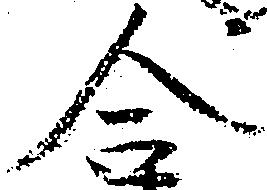
合